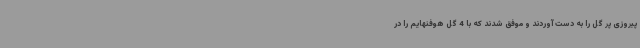
پیروزی پر گل را به دست آوردند و موفق شدند که با 4 گل هوفنهایم را در